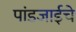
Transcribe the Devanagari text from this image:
पांडजाईचे